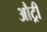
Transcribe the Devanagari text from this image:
औट्री